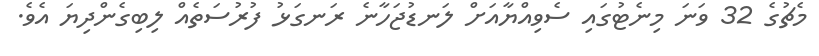
މެޗުގެ 32 ވަނަ މިނެޓުގައި ސެވިއްޔާއަށް ލަނޑުޖަހާނެ ރަނގަޅު ފުރުސަތެއް ލިބިގެންދިޔަ އެވެ.